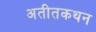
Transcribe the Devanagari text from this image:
अतीतकथन